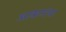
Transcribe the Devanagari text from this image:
आकारांचा